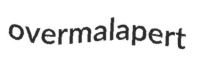
overmalapert